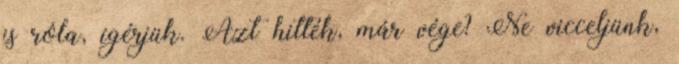
is róla, ígérjük. Azt hitték, már vége? Ne vicceljünk,